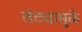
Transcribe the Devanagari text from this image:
तंट्यामुळे